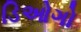
ડિઓગો